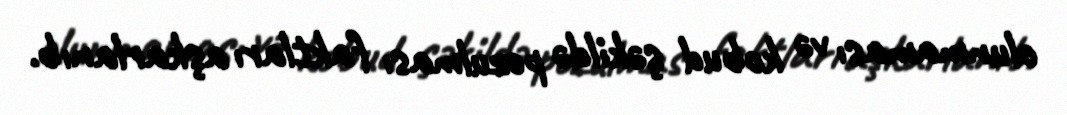
olunmaması və kobud şəkildə pozulması faktları aşkarlanıb.